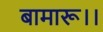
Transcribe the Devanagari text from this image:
बामारू।।